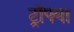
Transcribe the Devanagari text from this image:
ट्रॉफ्या